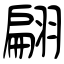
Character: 翩